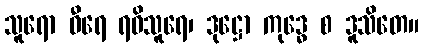
သူရော ဝီရေ ရဝိသူရေ၊ ဒုဋ္ဌော ကုဒ္ဓေ စ ဒူသိတေ။